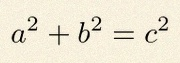
a^2+b^2=c^2